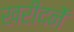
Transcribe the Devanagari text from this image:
खरीदनें